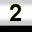
Digit: 2